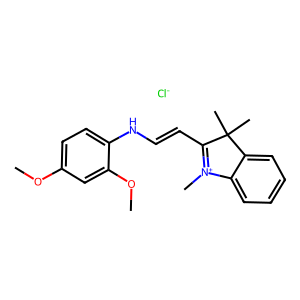
SMILES: COc1ccc(NC=CC2=[N+](C)c3ccccc3C2(C)C)c(OC)c1.[Cl-]
Inhibits HIV replication: No